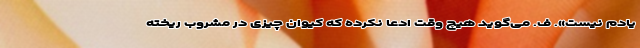
یادم نیست». ف. می‌گوید هیچ وقت ادعا نکرده که کیوان چیزی در مشروب ریخته